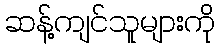
ဆန့်ကျင်သူများကို